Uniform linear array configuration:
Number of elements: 48
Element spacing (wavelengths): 1
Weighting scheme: exponential
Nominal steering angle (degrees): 15
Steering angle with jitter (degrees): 13.527
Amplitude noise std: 0.05
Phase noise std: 0.05

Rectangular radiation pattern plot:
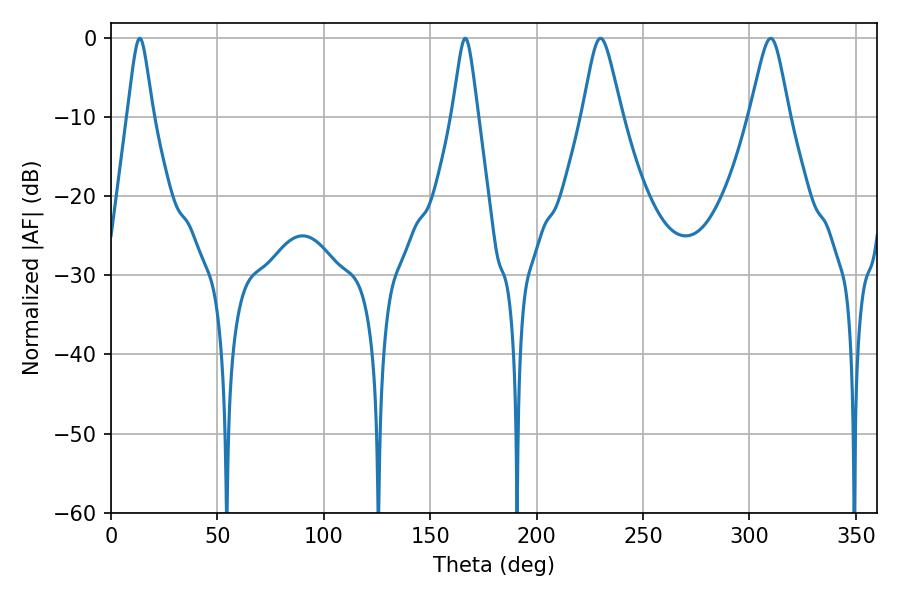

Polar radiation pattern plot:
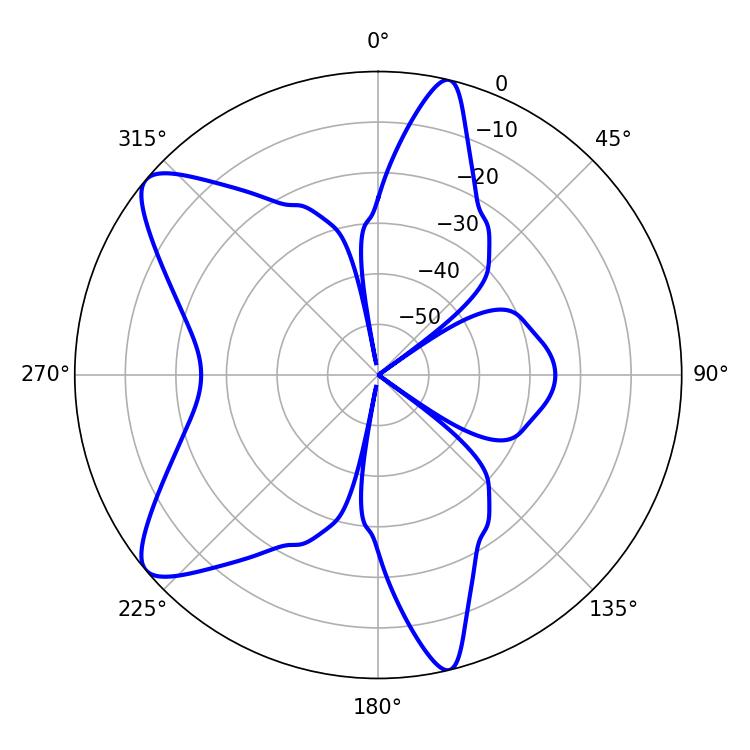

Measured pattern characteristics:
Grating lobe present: TRUE
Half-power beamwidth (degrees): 9
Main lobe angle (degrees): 230.04